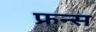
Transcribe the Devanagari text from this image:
फ्रन्स